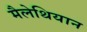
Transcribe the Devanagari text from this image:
मैलेथियान